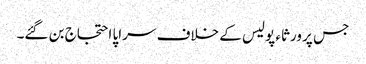
جس پر ورثاء پولیس کے خلاف سراپا احتجاج بن گئے۔